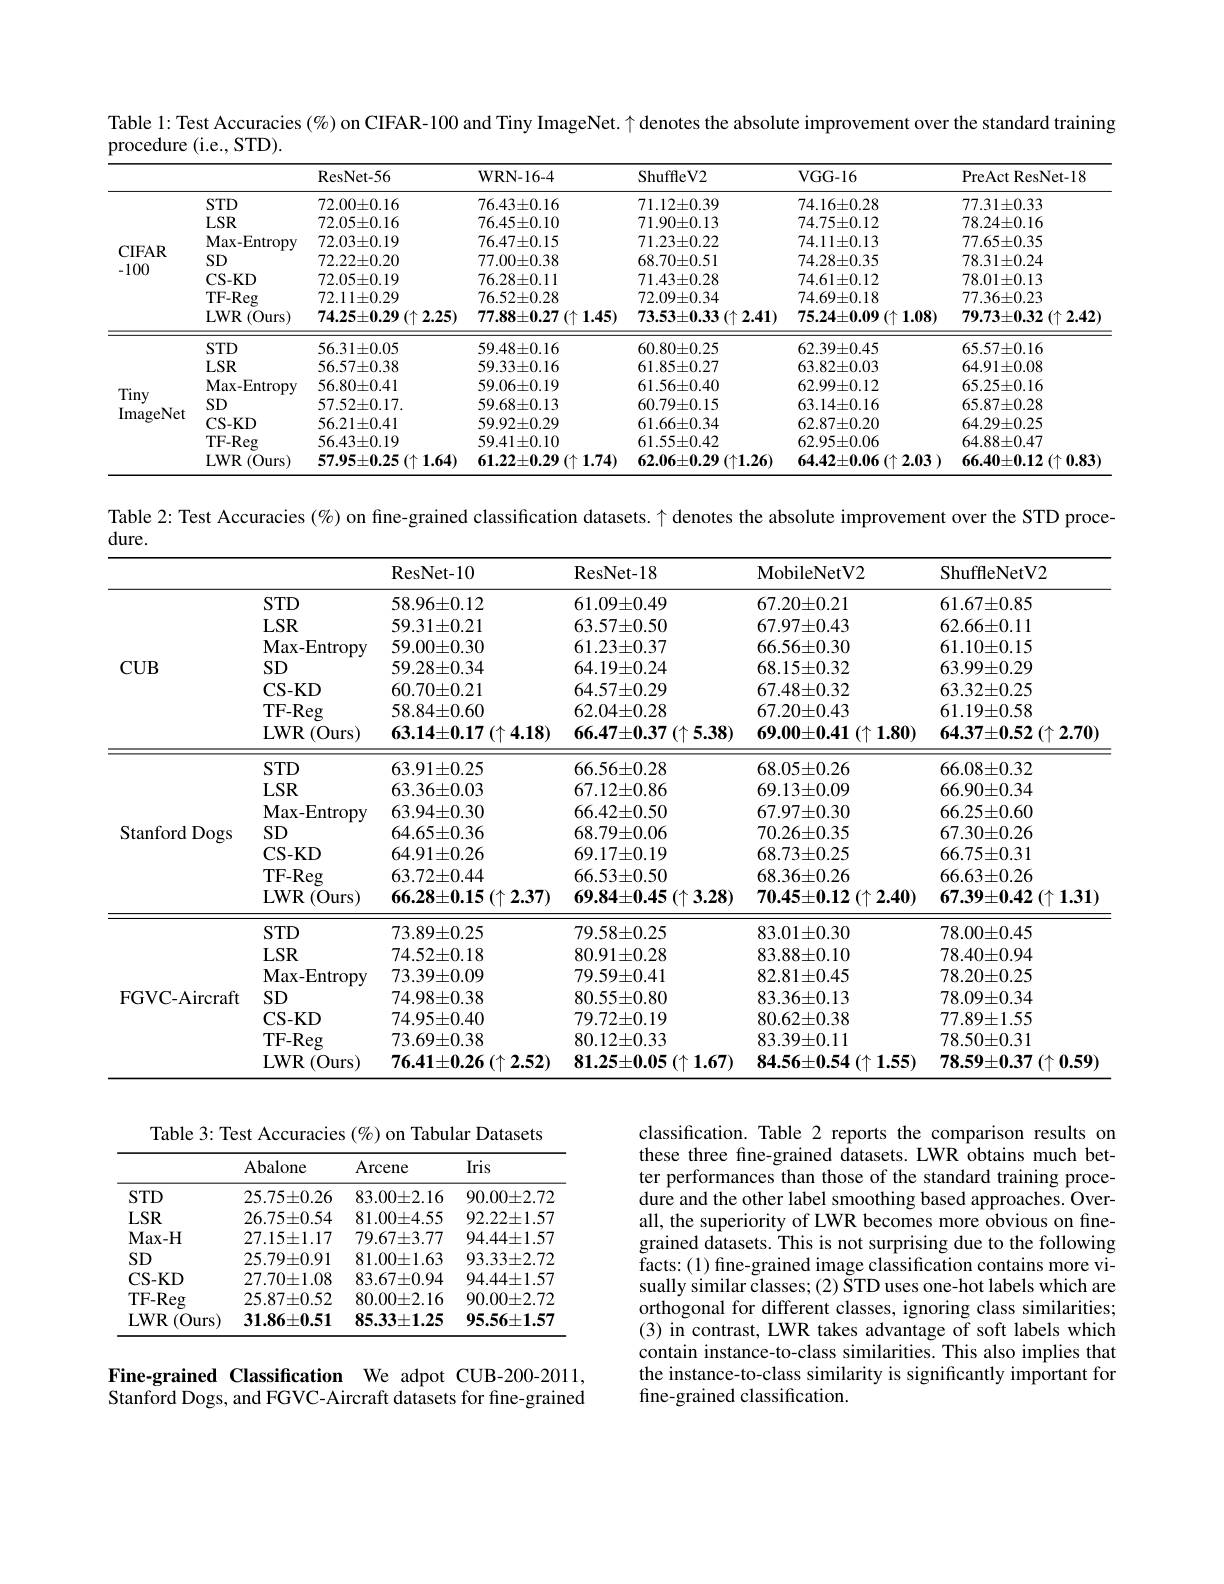
Table l: Test Accuracies $(\%)$ on CIFAR-100 and Tiny ImageNet. $\uparrow$ denotes the absolute improvement over the standard training

procedure (i.e., STD).
<table>
	<tbody>
		<tr>
			<th> </th>
			<th> </th>
			<th>ResNet- 56</th>
			<th>WRN-16-4</th>
			<th>ShuffleV2</th>
			<th>VGG- 16</th>
			<th>PreAct ResNet-18</th>
		</tr>
		<tr>
			<td rowspan="7">CIFAR -100</td>
			<td>STD</td>
			<td>$72.00\pm0.16$</td>
			<td>$76.43\pm0.16$</td>
			<td>$71.12\pm0.39$</td>
			<td>$74.16\pm0.28$</td>
			<td>$77.31\pm0.33$</td>
		</tr>
		<tr>
			<td>$LSR$</td>
			<td>$72.05\pm0.16$</td>
			<td>$76.45\pm0.10$</td>
			<td>$71.90\pm0.13$</td>
			<td>$74.75\pm0.12$</td>
			<td>$78.24\pm0.16$</td>
		</tr>
		<tr>
			<td>Max- Entropy</td>
			<td>$72.03\pm0.19$</td>
			<td>$76.47\pm0.15$</td>
			<td>$71.23\pm0.22$</td>
			<td>$74.11\pm0.13$</td>
			<td>$77.65\pm0.35$</td>
		</tr>
		<tr>
			<td>SD</td>
			<td>$72.22\pm0.20$</td>
			<td>$77.00\pm0.38$</td>
			<td>$68.70\pm0.51$</td>
			<td>$74.28\pm0.35$</td>
			<td>$78.31\pm0.24$</td>
		</tr>
		<tr>
			<td>CS- KD</td>
			<td>$72.05\pm0.19$</td>
			<td>$76.28\pm0.11$</td>
			<td>$71.43\pm0.28$</td>
			<td>$74.61\pm0.12$</td>
			<td>$78.01\pm0.13$</td>
		</tr>
		<tr>
			<td>$TF-Reg$</td>
			<td>$72.11\pm0.29$</td>
			<td>$76.52\pm0.28$</td>
			<td>$72.09\pm0.34$</td>
			<td>$74.69\pm0.18$</td>
			<td>$77.36\pm0.23$</td>
		</tr>
		<tr>
			<td>$LWR$ (Ours)</td>
			<td>$74.25\pm0.29\left(\uparrow\:2.25\right)$</td>
			<td>$77.88\pm0.27\left(\uparrow1.45\right)$</td>
			<td>$73.53\pm0.33\left(\uparrow\:2.41\right)$</td>
			<td>$75.24\pm0.09\left(\uparrow1.08\right)$</td>
			<td>$79.73\pm0.32\left(\uparrow2.42\right)$</td>
		</tr>
		<tr>
			<td> </td>
			<td>STD</td>
			<td>$56.31\pm0.05$</td>
			<td>$59.48\pm0.16$</td>
			<td>$60.80\pm0.25$</td>
			<td>$62.39\pm0.45$</td>
			<td>$65.57\pm0.16$</td>
		</tr>
		<tr>
			<td rowspan="6">Tiny ImageNet</td>
			<td>$LSR$</td>
			<td>$56.57\pm0.38$</td>
			<td>$59.33\pm0.16$</td>
			<td>$61.85\pm0.27$</td>
			<td>$63.82\pm0.03$</td>
			<td>$64.91\pm0.08$</td>
		</tr>
		<tr>
			<td>Max- Entropy</td>
			<td>$56.80\pm0.41$</td>
			<td>$59.06\pm0.19$</td>
			<td>$61.56\pm0.40$</td>
			<td>$62.99\pm0.12$</td>
			<td>$65.25\pm0.16$</td>
		</tr>
		<tr>
			<td>SD</td>
			<td>$57.52\pm0.17.$</td>
			<td>$59.68\pm0.13$</td>
			<td>$60.79\pm0.15$</td>
			<td>$63.14\pm0.16$</td>
			<td>$65.87\pm0.28$</td>
		</tr>
		<tr>
			<td>CS- KD</td>
			<td>$56.21\pm0.41$</td>
			<td>$59.92\pm0.29$</td>
			<td>$61.66\pm0.34$</td>
			<td>$62.87\pm0.20$</td>
			<td>$64.29\pm0.25$</td>
		</tr>
		<tr>
			<td>TF- Reg</td>
			<td>$56.43\pm0.19$</td>
			<td>$59.41\pm0.10$</td>
			<td>$61.55\pm0.42$</td>
			<td>$62.95\pm0.06$</td>
			<td>$64.88\pm0.47$</td>
		</tr>
		<tr>
			<td>$LWR$ $(0urs)$</td>
			<td>$57.95\pm0.25\left(\uparrow1.64\right)$</td>
			<td>$61.22\pm0.29\left(\uparrow\mathbf{1.74}\right)$</td>
			<td>$62.06\pm0.29\left(\uparrow1.26\right)$</td>
			<td>$64.42\pm0.06\left(\uparrow2.03\right.)$</td>
			<td>$66.40\pm0.12\left(\uparrow0.83\right.$</td>
		</tr>
	</tbody>
</table>

Table 2: Test Accuracies (%) on fine-grained classification datasets. $\uparrow$ denotes the absolute improvement over the STD proce-

<table>
	<tbody>
		<tr>
			<th> </th>
			<th> </th>
			<th>ResNet- 10</th>
			<th>ResNet- 18</th>
			<th>$\mathbf{MobileNetV2}$</th>
			<th>ShuffleNetV2</th>
		</tr>
		<tr>
			<td rowspan="7">$CUB$</td>
			<td>$STD$</td>
			<td>$58.96\pm0.12$</td>
			<td>$61.09\pm0.49$</td>
			<td>$67.20\pm0.21$</td>
			<td>$61.67\pm0.85$</td>
		</tr>
		<tr>
			<td>$LSR$</td>
			<td>$59.31\pm0.21$</td>
			<td>$63.57\pm0.50$</td>
			<td>$67.97\pm0.43$</td>
			<td>$62.66\pm0.11$</td>
		</tr>
		<tr>
			<td>Max- Entropy</td>
			<td>$59.00\pm0.30$</td>
			<td>$61.23\pm0.37$</td>
			<td>$66.56\pm0.30$</td>
			<td>$61.10\pm0.15$</td>
		</tr>
		<tr>
			<td>SD</td>
			<td>$59.28\pm0.34$</td>
			<td>$64.19\pm0.24$</td>
			<td>$68.15\pm0.32$</td>
			<td>$63.99\pm0.29$</td>
		</tr>
		<tr>
			<td>CS- KD</td>
			<td>$60.70\pm0.21$</td>
			<td>$64.57\pm0.29$</td>
			<td>$67.48\pm0.32$</td>
			<td>$63.32\pm0.25$</td>
		</tr>
		<tr>
			<td>TF- Reg</td>
			<td>$58.84\pm0.60$</td>
			<td>$62.04\pm0.28$</td>
			<td>$67.20\pm0.43$</td>
			<td>$61.19\pm0.58$</td>
		</tr>
		<tr>
			<td>$LWR$ (Ours)</td>
			<td>$63.14\pm0.17\left(\uparrow\:4.18\right)$</td>
			<td>$66.47\pm0.37\left(\uparrow5.38\right)$</td>
			<td>$69.00\pm0.41\left(\uparrow1.80\right)$</td>
			<td>$64.37\pm0.52\left(\uparrow2.70\right)$</td>
		</tr>
		<tr>
			<td rowspan="7">Stanford Dogs</td>
			<td>$STD$</td>
			<td>$63.91\pm0.25$</td>
			<td>$66.56\pm0.28$</td>
			<td>$68.05\pm0.26$</td>
			<td>$66.08\pm0.32$</td>
		</tr>
		<tr>
			<td>$LSR$</td>
			<td>$63.36\pm0.03$</td>
			<td>$67.12\pm0.86$</td>
			<td>$69.13\pm0.09$</td>
			<td>$66.90\pm0.34$</td>
		</tr>
		<tr>
			<td>Max- Entropy</td>
			<td>$63.94\pm0.30$</td>
			<td>$66.42\pm0.50$</td>
			<td>$67.97\pm0.30$</td>
			<td>$66.25\pm0.60$</td>
		</tr>
		<tr>
			<td>SD</td>
			<td>$64.65\pm0.36$</td>
			<td>$68.79\pm0.06$</td>
			<td>$70.26\pm0.35$</td>
			<td>$67.30\pm0.26$</td>
		</tr>
		<tr>
			<td>$\mathbf{CS-KD}$</td>
			<td>$64.91\pm0.26$</td>
			<td>$69.17\pm0.19$</td>
			<td>$68.73\pm0.25$</td>
			<td>$66.75\pm0.31$</td>
		</tr>
		<tr>
			<td>TF-Reg</td>
			<td>$63.72\pm0.44$</td>
			<td>$66.53\pm0.50$</td>
			<td>$68.36\pm0.26$</td>
			<td>$66.63\pm0.26$</td>
		</tr>
		<tr>
			<td>$LWR$ (Ours)</td>
			<td>$66.28\pm0.15\left(\uparrow\:2.37\right)$</td>
			<td>$69.84\pm0.45\left(\uparrow3.28\right)$</td>
			<td>$70.45\pm0.12\left(\uparrow\:2.40\right)$</td>
			<td>$67.39\pm0.42\left(\uparrow1.31\right)$</td>
		</tr>
		<tr>
			<td rowspan="7">FGVC-Aircraft</td>
			<td>$STD$</td>
			<td>$73.89\pm0.25$</td>
			<td>$79.58\pm0.25$</td>
			<td>$83.01\pm0.30$</td>
			<td>$78.00\pm0.45$</td>
		</tr>
		<tr>
			<td>$LSR$</td>
			<td>$74.52\pm0.18$</td>
			<td>$80.91\pm0.28$</td>
			<td>$83.88\pm0.10$</td>
			<td>$78.40\pm0.94$</td>
		</tr>
		<tr>
			<td>Max- Entropy</td>
			<td>$73.39\pm0.09$</td>
			<td>$79.59\pm0.41$</td>
			<td>$82.81\pm0.45$</td>
			<td>$78.20\pm0.25$</td>
		</tr>
		<tr>
			<td>SD</td>
			<td>$74.98\pm0.38$</td>
			<td>$80.55\pm0.80$</td>
			<td>$83.36\pm0.13$</td>
			<td>$78.09\pm0.34$</td>
		</tr>
		<tr>
			<td>CS- KD</td>
			<td>$74.95\pm0.40$</td>
			<td>$79.72\pm0.19$</td>
			<td>$80.62\pm0.38$</td>
			<td>$77.89\pm1.55$</td>
		</tr>
		<tr>
			<td>TF- Reg</td>
			<td>$73.69\pm0.38$</td>
			<td>$80.12\pm0.33$</td>
			<td>$83.39\pm0.11$</td>
			<td>$78.50\pm0.31$</td>
		</tr>
		<tr>
			<td>$LWR$ (Ours)</td>
			<td>$76.41\pm0.26\left(\uparrow2.52\right)$</td>
			<td>$81.25\pm0.05\left(\uparrow1.67\right)$</td>
			<td>$84.56\pm0.54\left(\uparrow1.55\right)$</td>
			<td>$78.59\pm0.37\left(\uparrow0.59\right)$</td>
		</tr>
	</tbody>
</table>

dure.

Table 3: Test Accuracies (%) on Tabular Datasets
<table>
	<tbody>
		<tr>
			<th> </th>
			<th>Abalone</th>
			<th>Arcene</th>
			<th>Iris</th>
		</tr>
		<tr>
			<td>$STD$</td>
			<td>$25.75\pm0.26$</td>
			<td>$83.00\pm2.16$</td>
			<td>$90.00\pm2.72$</td>
		</tr>
		<tr>
			<td>$LSR$</td>
			<td>$26.75\pm0.54$</td>
			<td>$81.00\pm4.55$</td>
			<td>$92.22\pm1.57$</td>
		</tr>
		<tr>
			<td>$\mathbf{Max-H}$</td>
			<td>$27.15\pm1.17$</td>
			<td>$79.67\pm3.77$</td>
			<td>$94.44\pm1.57$</td>
		</tr>
		<tr>
			<td>SD</td>
			<td>$25.79\pm0.91$</td>
			<td>$81.00\pm1.63$</td>
			<td>$93.33\pm2.72$</td>
		</tr>
		<tr>
			<td>CS- KD</td>
			<td>$27.70\pm1.08$</td>
			<td>$83.67\pm0.94$</td>
			<td>$94.44\pm1.57$</td>
		</tr>
		<tr>
			<td>TF-Reg</td>
			<td>$25.87\pm0.52$</td>
			<td>$80.00\pm2.16$</td>
			<td>$90.00\pm2.72$</td>
		</tr>
		<tr>
			<td>$LWR$ (0urs)</td>
			<td>$31.86\pm0.51$</td>
			<td>$85.33\pm1.25$</td>
			<td>$95.56\pm1.57$</td>
		</tr>
	</tbody>
</table>

classification. Table 2 reports the comparison results on these three fine-grained datasets. LWR obtains much better performances than those of the standard training procedure and the other label smoothing based approaches. Overall, the superiority of LWR becomes more obvious on finegrained datasets. This is not surprising due to the following facts:(1) fine-grained image classification contains more visually similar classes; (2) STD uses one-hot labels which are orthogonal for different classes, ignoring class similarities; (3) in contrast, LWR takes advantage of soft labels which contain instance-to-class similarities. This also implies that the instance-to-class similarity is significantly important for fine-grained classification.

Fine-grained Classification We adpot CUB-200-2011, Stanford Dogs, and FGVC-Aircraft datasets for fine-grained